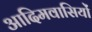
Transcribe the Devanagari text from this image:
आदिमवासियों